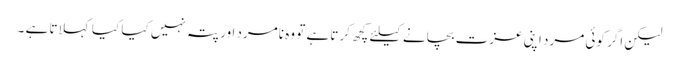
لیکن اگر کوئی مرد اپنی عزت بچانے کیلئے کچھ کرتا ہے تو وہ نامرد اور پتہ نہیں کیا کیا کہلاتا ہے ۔